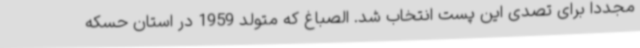
مجددا برای تصدی این پست انتخاب شد. الصباغ که متولد 1959 در استان حسکه